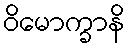
ဝိမောက္ခာနိ